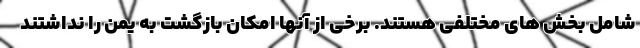
شامل بخش های مختلفی هستند. برخی از آنها امکان بازگشت به یمن را نداشتند